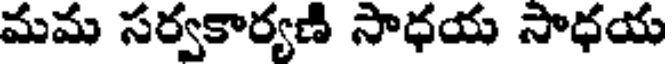
మమ సర్వకార్యణి సాధయ సాధయ